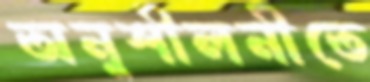
অনুশীলনীতে